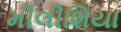
મીલીશિયા